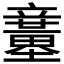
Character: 𥫍